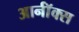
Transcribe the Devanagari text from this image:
आर्नॉक्स